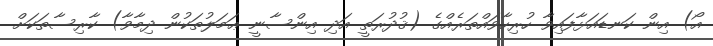
އޯ) އިން ކަނޑައަޅާފައިވާ ހުރިހާވައްތަރެއްގެ (ޤުދުރަތީ އަދި އިންސާނީ ޢަމަލުތަކުން ދިމާވާ) ކާރިސާތަކަށް